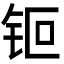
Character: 钷